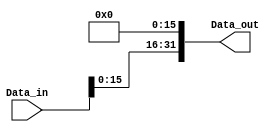
module shift_left16 (
    input wire [31:0] Data_in,
    output wire [31:0] Data_out
);

    assign Data_out = Data_in << 16;
    
endmodule